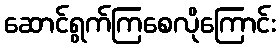
ဆောင်ရွက်ကြစေလိုကြောင်း